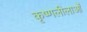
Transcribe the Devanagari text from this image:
कृष्णलीलाओं